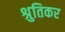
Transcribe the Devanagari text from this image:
श्रुतिकर